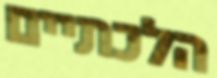
הלכתיים